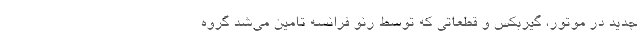
جدید در موتور، گیربکس و قطعاتی که توسط رنو فرانسه تامین می‌شد گروه